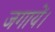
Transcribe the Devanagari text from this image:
जगायें।